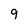
Character: 9